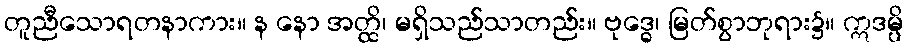
တူညီသောရတနာကား။ န နော အတ္ထိ၊ မရှိသည်သာတည်း။ ဗုဒ္ဓေ၊ မြတ်စွာဘုရား၌။ ဣဒမ္ပိ